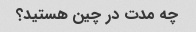
چه مدت در چین هستید؟